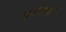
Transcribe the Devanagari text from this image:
गर्तरोमों